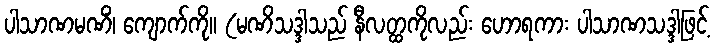
ပါသာဏမဏိံ၊ ကျောက်ကို။ (မဏိသဒ္ဒါသည် နီလတ္ထကိုလည်း ဟောရကား ပါသာဏသဒ္ဒါဖြင့်